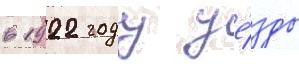
в 1922 году уе́зды